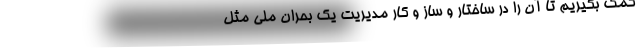
کمک بگیریم تا آن را در ساختار و ساز و کار مدیریت یک بحران ملی مثل